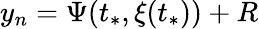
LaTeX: y_{n}=\Psi(t_{*},\xi(t_{*}))+R